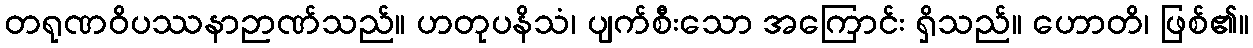
တရုဏဝိပဿနာဉာဏ်သည်။ ဟတုပနိသံ၊ ပျက်စီးသော အကြောင်း ရှိသည်။ ဟောတိ၊ ဖြစ်၏။